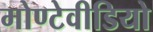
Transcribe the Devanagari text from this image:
मोण्टेवीडियो